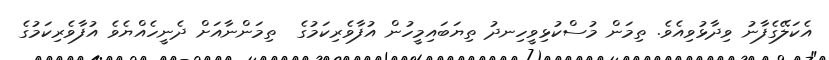
އެކަލޭގެފާނު ވިދާޅުވިއެވެ. ތިމަން މުސްކުޅިވީހިނދު ތިޔަބައިމީހުން އުފާވެރިކަމުގެ  ތިމަންނާއަށް ދެނީހެއްޔެވެ އުފާވެރިކަމުގެ